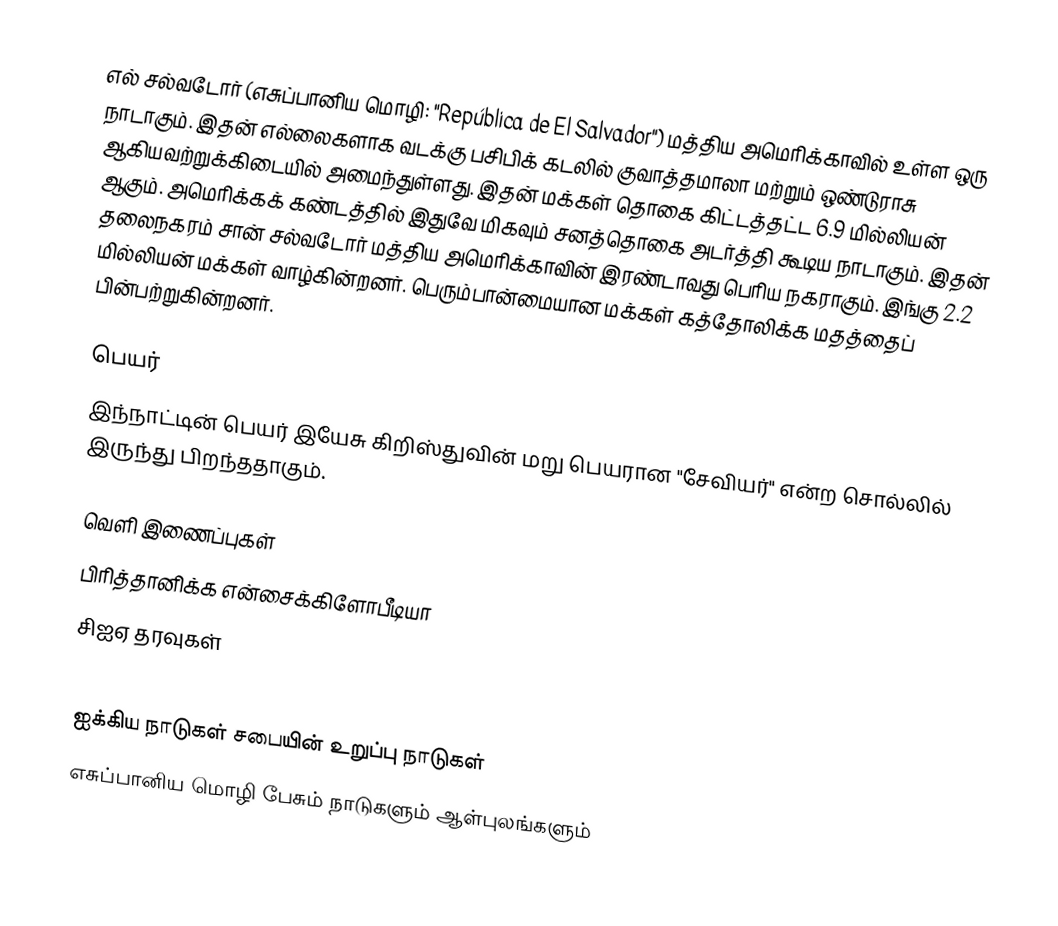
எல் சல்வடோர் (எசுப்பானிய மொழி: "República de El Salvador") மத்திய அமெரிக்காவில் உள்ள ஒரு நாடாகும். இதன் எல்லைகளாக வடக்கு பசிபிக் கடலில் குவாத்தமாலா மற்றும் ஒண்டுராசு ஆகியவற்றுக்கிடையில் அமைந்துள்ளது. இதன் மக்கள் தொகை கிட்டத்தட்ட 6.9 மில்லியன் ஆகும். அமெரிக்கக் கண்டத்தில் இதுவே மிகவும் சனத்தொகை அடர்த்தி கூடிய நாடாகும். இதன் தலைநகரம் சான் சல்வடோர் மத்திய அமெரிக்காவின் இரண்டாவது பெரிய நகராகும். இங்கு 2.2 மில்லியன் மக்கள் வாழ்கின்றனர். பெரும்பான்மையான மக்கள் கத்தோலிக்க மதத்தைப் பின்பற்றுகின்றனர்.

பெயர்
இந்நாட்டின் பெயர் இயேசு கிறிஸ்துவின் மறு பெயரான "சேவியர்" என்ற சொல்லில் இருந்து பிறந்ததாகும்.

வெளி இணைப்புகள்
 பிரித்தானிக்க என்சைக்கிளோபீடியா
 சிஐஏ தரவுகள்

ஐக்கிய நாடுகள் சபையின் உறுப்பு நாடுகள்
எசுப்பானிய மொழி பேசும் நாடுகளும் ஆள்புலங்களும்